Reports on military cantonments and civil stations in the Presidency of Bombay inspected by the Sanitary Commissioner in the years 1875 and 1876
Year: 1875
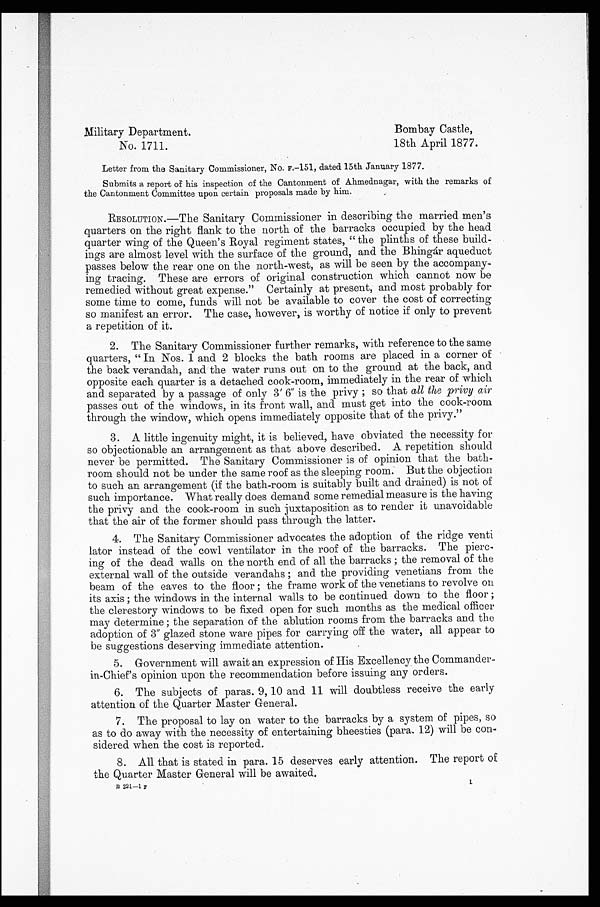
Military Department.
Bombay Castle,
No. 1711.
18th April 1877.
Letter from the Sanitary Commissioner, No. F.-151, dated 15th January 1877.
Submits a report of his inspection of the Cantonment of Ahmednagar, with the remarks of
the Cantonment Committee upon certain proposals made by him.
RESOLUTI0N.—The Sanitary Commissioner in describing the married men's
quarters on the right flank to the north of the barracks occupied by the head
quarter wing of the Queen's Royal regiment states, " the plinths of these build-
ings are almost level with the surface of the ground, and the Bhingar aqueduct
passes below the rear one on the north-west, as will be seen by the accompany-
ing tracing. These are errors of original construction which cannot now be
remedied without great expense." Certainly at present, and most probably for
some time to come, funds will not be available to cover the cost of correcting
so manifest an error. The case, however, is worthy of notice if only to prevent
a repetition of it.
2. The Sanitary Commissioner further remarks, with reference to the same
quarters, " In Nos. 1 and 2 blocks the bath rooms are placed in a corner of
the back verandah, and the water runs out on to the ground at the back, and
opposite each quarter is a detached cook-room, immediately in the rear of which
and separated by a passage of only 3' 6" is the privy ; so that all the privy air
passes out of the windows, in its front wall, and must get into the cook-room
through the window, which opens immediately opposite that of the privy."
3. A little ingenuity might, it is believed, have obviated the necessity for
so objectionable an arrangement as that above described. A repetition should
never be permitted. The Sanitary Commissioner is of opinion that the bath-
room should not be under the same roof as the sleeping room. But the objection
to such an arrangement (if the bath-room is suitably built and drained) is not of
such importance. What really does demand some remedial measure is the having
the privy and the cook-room in such juxtaposition as to render it unavoidable
that the air of the former should nags through the latter.
4. The Sanitary Commissioner advocates the adoption of the ridge venti
lator instead of the cowl ventilator in the roof of the barracks. The pierc-
ing of the dead walls on the north end of all the barracks ; the removal of the
external wall of the outside verandahs ; and the providing venetians from the
beam of the eaves to the floor ; the frame work of the venetians to revolve on
its axis ; the windows in the internal walls to be continued down to the floor ;
the clerestory windows to be fixed open for such months as the medical officer
may determine ; the separation of the ablution rooms from the barracks and the
adoption of 3" glazed stone ware pipes for carrying off the water, all appear to
be suggestions deserving immediate attention.
5. Government will await an expression of His Excellency the Commander-
in-Chief's opinion upon the recommendation before issuing any orders.
6. The subjects of paras. 9, 10 and 11 will doubtless receive the early
attention of the Quarter Master General.
7. The proposal to lay on water to the barracks by a system of pipes, so
as to do away with the necessity of entertaining bheesties (para. 12) will be con
- s i d e r e d w h e n t h e c o s t i s r e p o r t e d .
8. All that is stated in para. 15 deserves early attention. The report of
the Quarter Master General will be awaited.
B221—1F
L